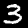
Digit: 3